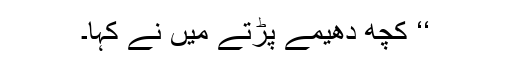
‘‘ کچھ دھیمے پڑتے میں نے کہا۔